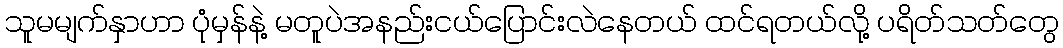
သူမမျက်နှာဟာ ပုံမှန်နဲ့ မတူပဲအနည်းငယ်ပြောင်းလဲနေတယ် ထင်ရတယ်လို့ ပရိတ်သတ်တွေ